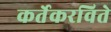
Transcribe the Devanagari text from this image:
कर्तेकरविते